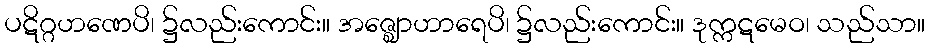
ပဋိဂ္ဂဟဏေပိ၊ ၌လည်းကောင်း။ အဇ္ဈောဟာရေပိ၊ ၌လည်းကောင်း။ ဒုက္ကဋမေဝ၊ သည်သာ။